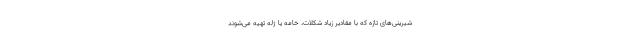
شیرینی‌های تازه که با مقادیر زیاد شکلات، خامه یا ژله تهیه می‌شوند